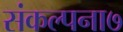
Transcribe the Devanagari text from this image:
संकल्पना७